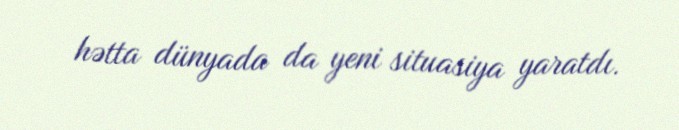
hətta dünyada da yeni situasiya yaratdı.